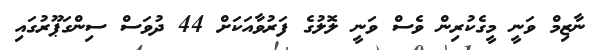
ނާޒިމް ވަނީ މީގެކުރިން ވެސް ވަނީ ލޮލުގެ ފަރުވާއަކަށް 44 ދުވަސް ސިންގަޕޫރުގައި